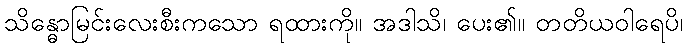
သိန္ဓောမြင်းလေးစီးကသော ရထားကို။ အဒါသိ၊ ပေး၏။ တတိယဝါရေပိ၊